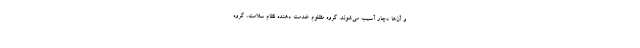
و آن‌ها دچار آسیب می‌شوند. گروه مظلوم خدمت دهنده نظام سلامت، گروه